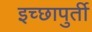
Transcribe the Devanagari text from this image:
इच्छापुर्ती